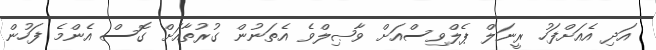
އަދި އެއަށްފަހު ރީނަލް ޕެލްވިސްއަށް ވާޞިލްވެ އެތަނުން ގުރުތާއަށް ގޮސް އެންމެ ފަހުން